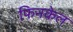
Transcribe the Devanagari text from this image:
फिनकेल